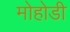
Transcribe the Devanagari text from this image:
मोहोडी